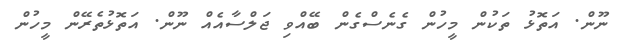
ނޫން. އަތޮޅު ތަކުން މީހުން ގެނެސްގެން ބޭއްވި ޖަލްސާއެއް ނޫން. އަތޮޅުތެރޭން މީހުން